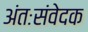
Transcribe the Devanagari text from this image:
अंतःसंवेदक